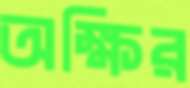
অক্ষির